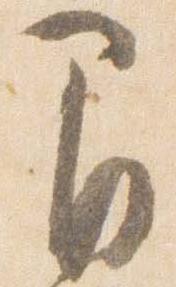
間